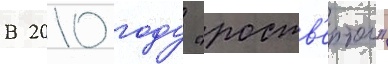
В 2010 году "роств'ертол"